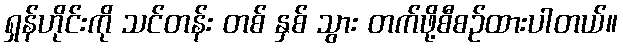
ရှန်ဟိုင်းကို သင်တန်း တစ် နှစ် သွား တက်ဖို့စီစဉ်ထားပါတယ်။